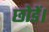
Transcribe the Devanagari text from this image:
छोडें।